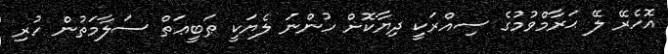
އޮހެރޭ ލޭ ޙަރާމްވުމުގެ ސިއްރަކީ ދިޔާކޮށް ހުންނަ ލެޔަކީ ޠަބީޢަތް ސަލާމަތުން ހުރި